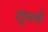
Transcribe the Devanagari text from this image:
शुमवे